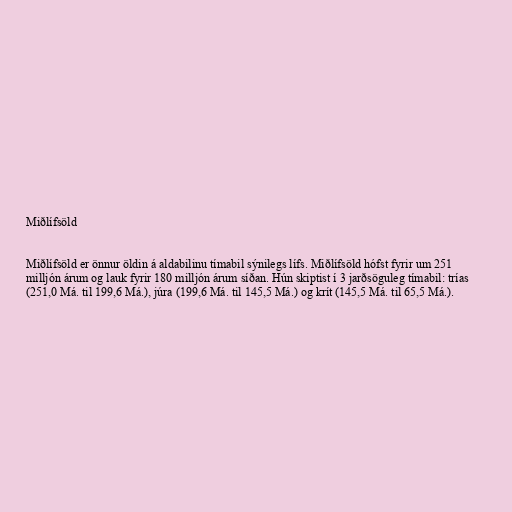
Miðlífsöld

Miðlífsöld er önnur öldin á aldabilinu tímabil sýnilegs lífs. Miðlífsöld hófst fyrir um 251
milljón árum og lauk fyrir 180 milljón árum síðan. Hún skiptist í 3 jarðsöguleg tímabil: trías
(251,0 Má. til 199,6 Má.), júra (199,6 Má. til 145,5 Má.) og krít (145,5 Má. til 65,5 Má.).